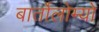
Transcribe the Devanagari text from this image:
बार्तोलोम्यो